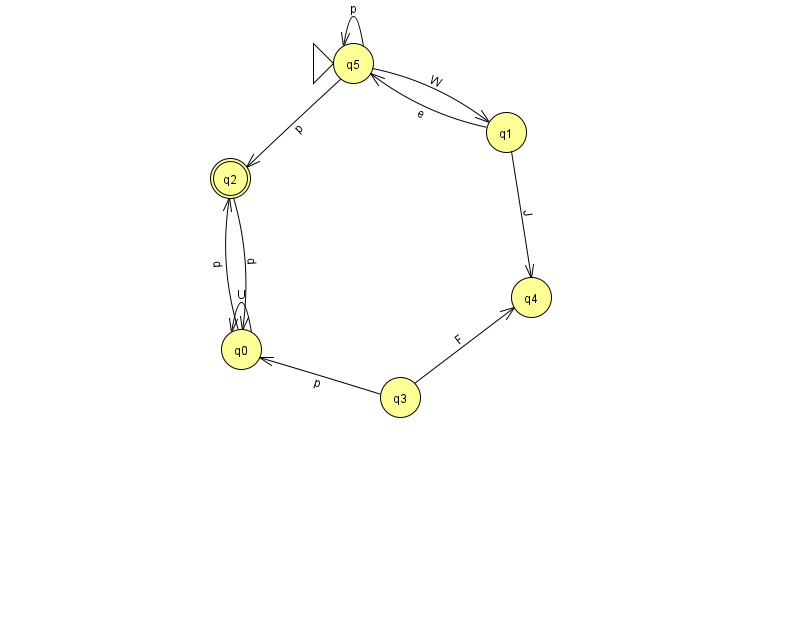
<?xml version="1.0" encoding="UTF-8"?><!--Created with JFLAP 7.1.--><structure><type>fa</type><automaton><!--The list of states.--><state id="0" name="q0"><x>241.0</x><y>336.0</y></state><state id="1" name="q1"><x>506.0</x><y>119.0</y></state><state id="2" name="q2"><x>230.0</x><y>165.0</y><final/></state><state id="3" name="q3"><x>400.0</x><y>384.0</y></state><state id="4" name="q4"><x>531.0</x><y>284.0</y></state><state id="5" name="q5"><x>353.0</x><y>50.0</y><initial/></state><!--The list of transitions.--><transition><from>5</from><to>1</to><read>W</read></transition><transition><from>5</from><to>5</to><read>p</read></transition><transition><from>1</from><to>5</to><read>e</read></transition><transition><from>1</from><to>4</to><read>J</read></transition><transition><from>0</from><to>0</to><read>U</read></transition><transition><from>5</from><to>2</to><read>p</read></transition><transition><from>0</from><to>2</to><read>d</read></transition><transition><from>2</from><to>0</to><read>d</read></transition><transition><from>3</from><to>0</to><read>p</read></transition><transition><from>3</from><to>4</to><read>F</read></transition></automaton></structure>